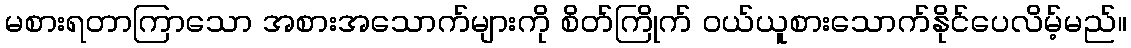
မစားရတာကြာသော အစားအသောက်များကို စိတ်ကြိုက် ဝယ်ယူစားသောက်နိုင်ပေလိမ့်မည်။